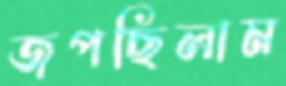
জপছিলাম